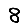
Digit: 8